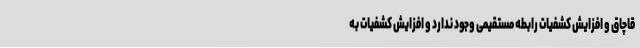
قاچاق و افزایش کشفیات رابطه مستقیمی وجود ندارد و افزایش کشفیات به